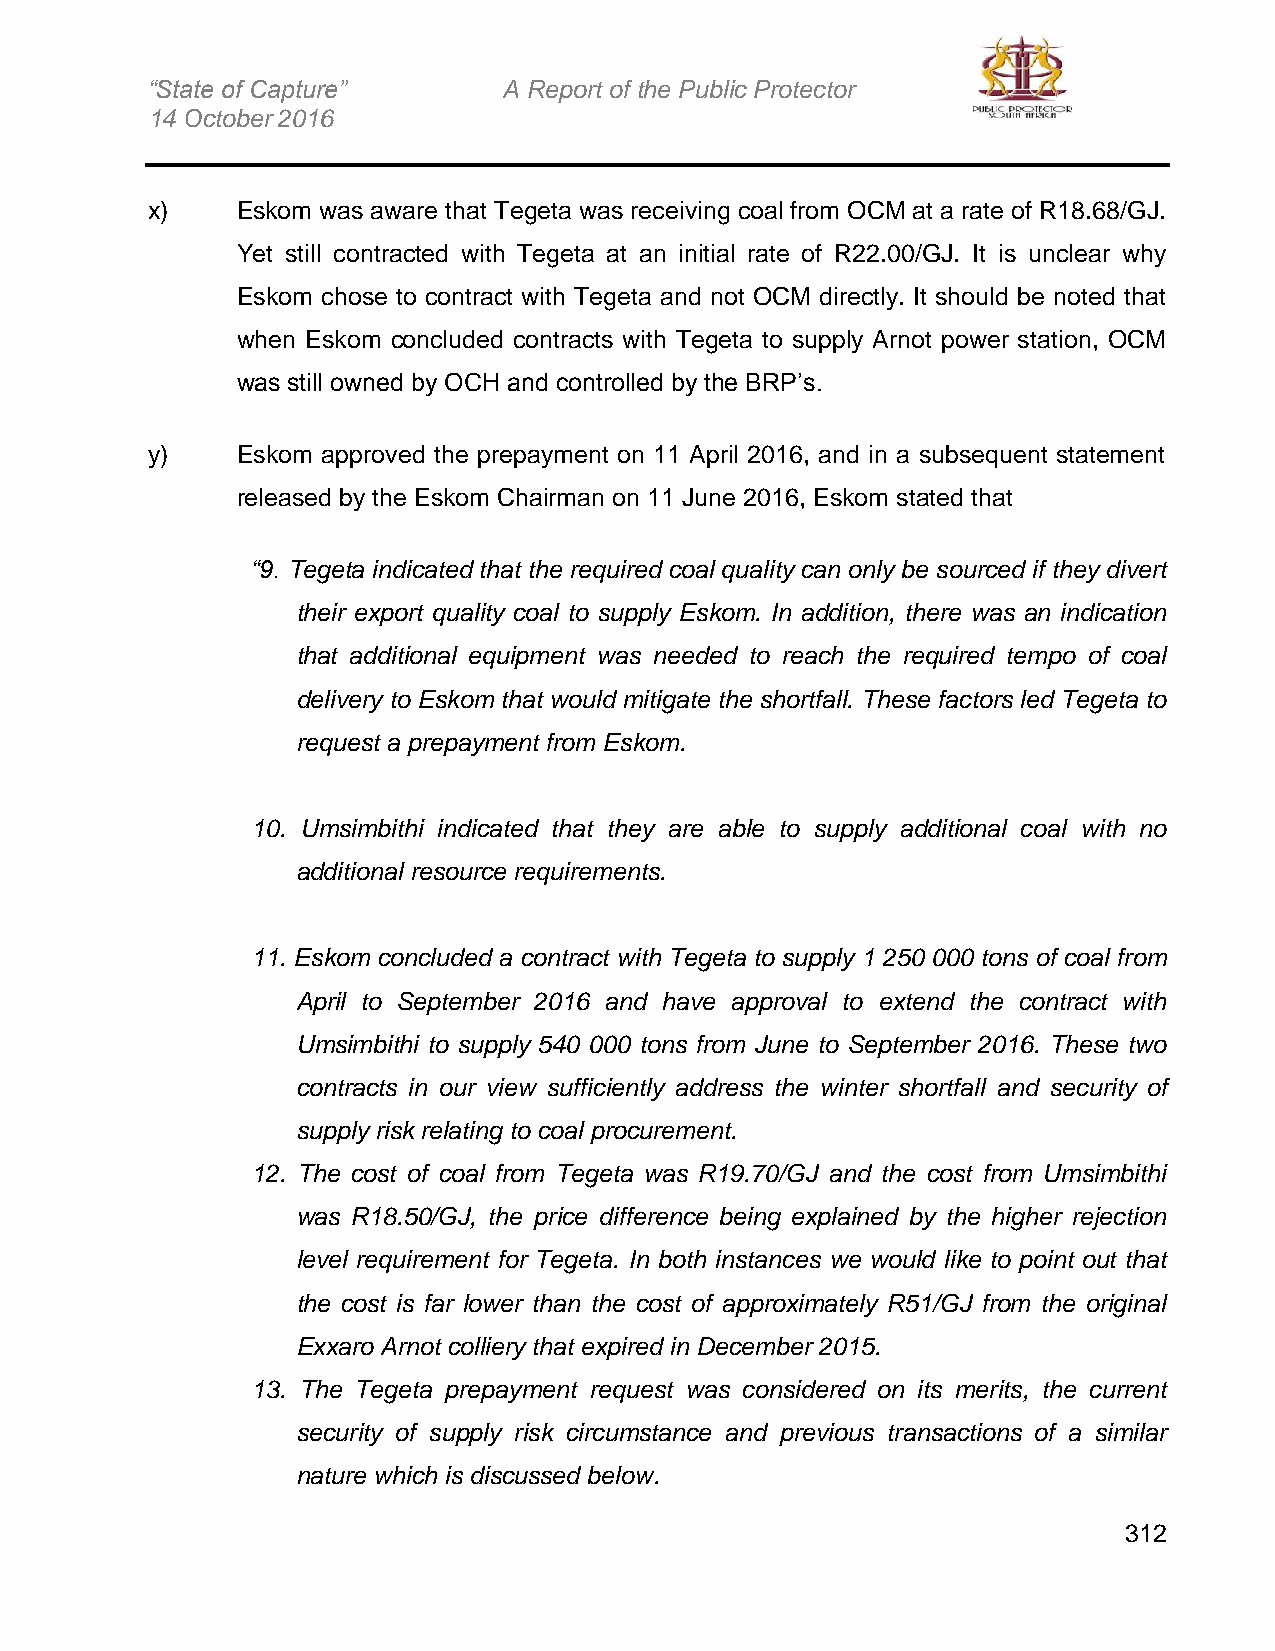
“State of Capture”     A Report of the Public Protector
 14 October 2016
 x)    Eskom was aware that Tegeta was receiving coal from OCM at a rate of R18.68/GJ.
 Yet still contracted with Tegeta at an initial rate of R22.00/GJ. It is unclear why
 Eskom chose to contract with Tegeta and not OCM directly. It should be noted that
 when Eskom concluded contracts with Tegeta to supply Arnot power station, OCM
 was still owned by OCH and controlled by the BRP’s.
 y)    Eskom approved the prepayment on 11 April 2016, and in a subsequent statement
 released by the Eskom Chairman on 11 June 2016, Eskom stated that
 “9. Tegeta indicated that the required coal quality can only be sourced if they divert
 their export quality coal to supply Eskom. In addition, there was an indication
 that additional equipment was needed to reach the required tempo of coal
 delivery to Eskom that would mitigate the shortfall. These factors led Tegeta to
 request a prepayment from Eskom.
 10. Umsimbithi indicated that they are able to supply additional coal with no
 additional resource requirements.
 11. Eskom concluded a contract with Tegeta to supply 1 250 000 tons of coal from
 April to September 2016 and have approval to extend the contract with
 Umsimbithi to supply 540 000 tons from June to September 2016. These two
 contracts in our view sufficiently address the winter shortfall and security of
 supply risk relating to coal procurement.
 12. The cost of coal from Tegeta was R19.70/GJ and the cost from Umsimbithi
 was R18.50/GJ, the price difference being explained by the higher rejection
 level requirement for Tegeta. In both instances we would like to point out that
 the cost is far lower than the cost of approximately R51/GJ from the original
 Exxaro Arnot colliery that expired in December 2015.
 13. The Tegeta prepayment request was considered on its merits, the current
 security of supply risk circumstance and previous transactions of a similar
 nature which is discussed below.
 312